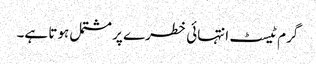
گرم ٹیسٹ انتہائی خطرے پر مشتمل ہوتا ہے۔